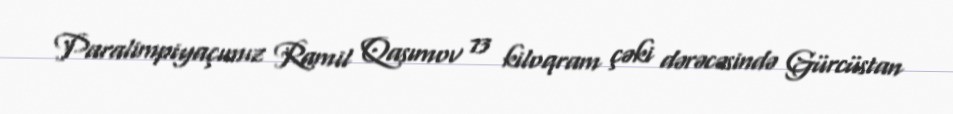
Paralimpiyaçımız Ramil Qasımov 73 kiloqram çəki dərəcəsində Gürcüstan